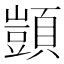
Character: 顗